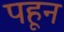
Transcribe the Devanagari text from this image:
पहून